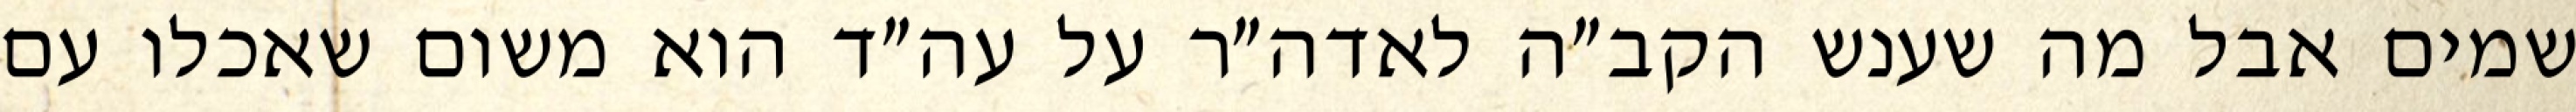
שמים אבל מה שענש הקב״ה לאדה״ר על עה״ד הוא משום שאכלו עם